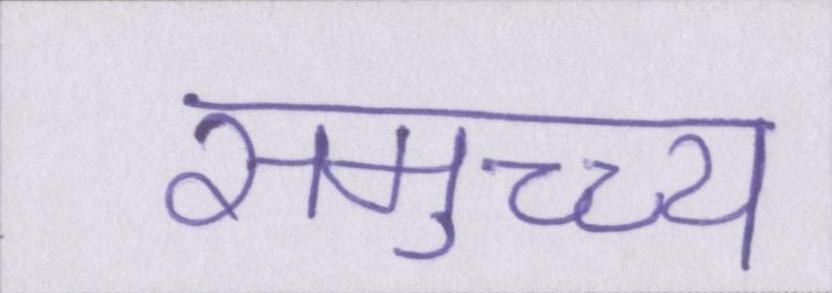
समुच्च्य